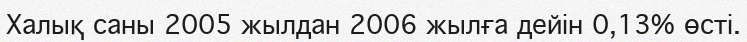
Халық саны 2005 жылдан 2006 жылға дейін 0,13% өсті.